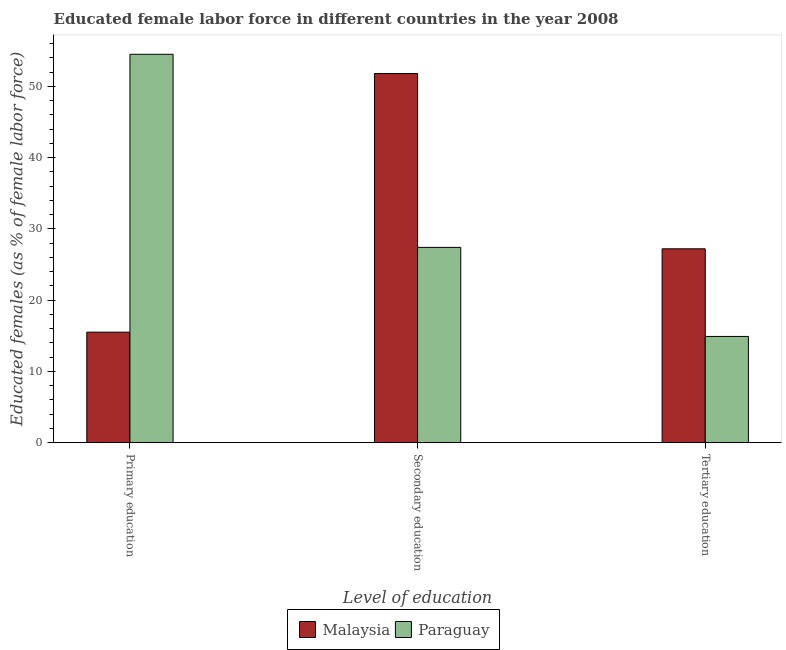
| Level of education | Malaysia | Paraguay |
 | --- | --- | --- |
 | Primary education | 15.5 | 54.5 |
 | Secondary education | 51.8 | 27.4 |
 | Tertiary education | 27.2 | 14.9 |